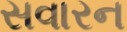
સવારન